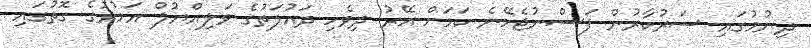
ދިނުމުގައި ސަރުކާރުން ފަސްނުޖެހޭނެ ކަމަށް އޭރު ދިވެހި ދައުލަތުގެ ވަލިއްޔުލް އަމުރުގެ ގޮތުގައި